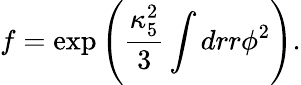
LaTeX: f=\exp\left(\frac{\kappa_{5}^{2}}{3}\int drr\phi^{2}\right).